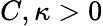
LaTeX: C,\kappa>0